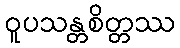
ဝူပသန္တစိတ္တဿ